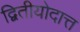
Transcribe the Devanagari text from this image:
द्वितीयोदात्त